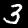
Digit: 3